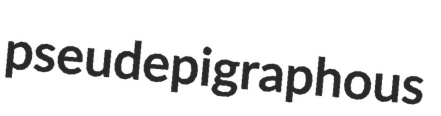
pseudepigraphous